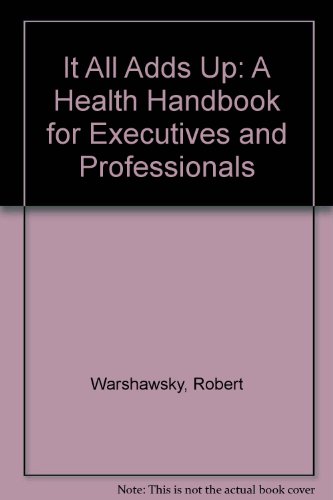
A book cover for It All Adds Up: A Health Handbook for Executives and Professionals; Robert Warshawsky; Health, Fitness & Dieting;